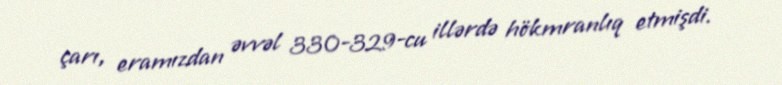
çarı, eramızdan əvvəl 330-329-cu illərdə hökmranlıq etmişdi.